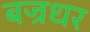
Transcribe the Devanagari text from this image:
बज्रधर